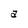
Character: a